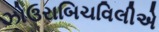
ઝોઉરાબિચવિલીએ